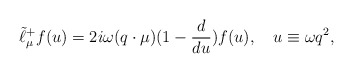
\begin{align*}\tilde{\ell}_{\mu}^+f(u)=2i\omega(q\cdot\mu)(1-{d\over{du}})f(u),\quad u\equiv\omega q^2,\end{align*}